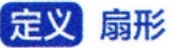
定义 扇形